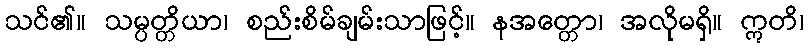
သင်၏။ သမ္ပတ္တိယာ၊ စည်းစိမ်ချမ်းသာဖြင့်။ နအတ္တော၊ အလိုမရှိ။ ဣတိ၊